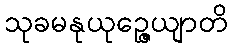
သုခမနုယုဉ္ဇေယျာတိ